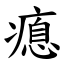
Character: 瘜